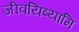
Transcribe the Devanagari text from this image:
जीवयिष्यामि